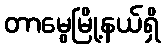
တာမွေမြို့နယ်ရှိ